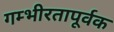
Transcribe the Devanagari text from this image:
गम्भीरतापूर्वक